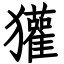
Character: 獾